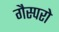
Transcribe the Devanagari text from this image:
गैस्परो